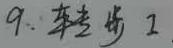
9. 转步 1.